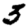
Digit: 3